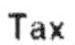
TAX